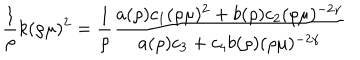
\frac { 1 } { \rho } k ( \rho \mu ) ^ { 2 } = \left. \frac { 1 } { \rho } \frac { a ( \rho ) c _ { 1 } ( \rho \mu ) ^ { 2 } + b ( \rho ) c _ { 2 } ( \rho \mu ) ^ { - 2 \gamma } } { a ( \rho ) c _ { 3 } + c _ { 4 } b ( \rho ) ( \rho \mu ) ^ { - 2 \gamma } } \right.